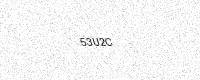
Text: 53U2C